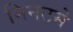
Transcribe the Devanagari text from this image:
मिनटमे